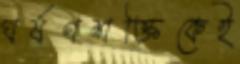
ঘর্ষণশক্তিকেই